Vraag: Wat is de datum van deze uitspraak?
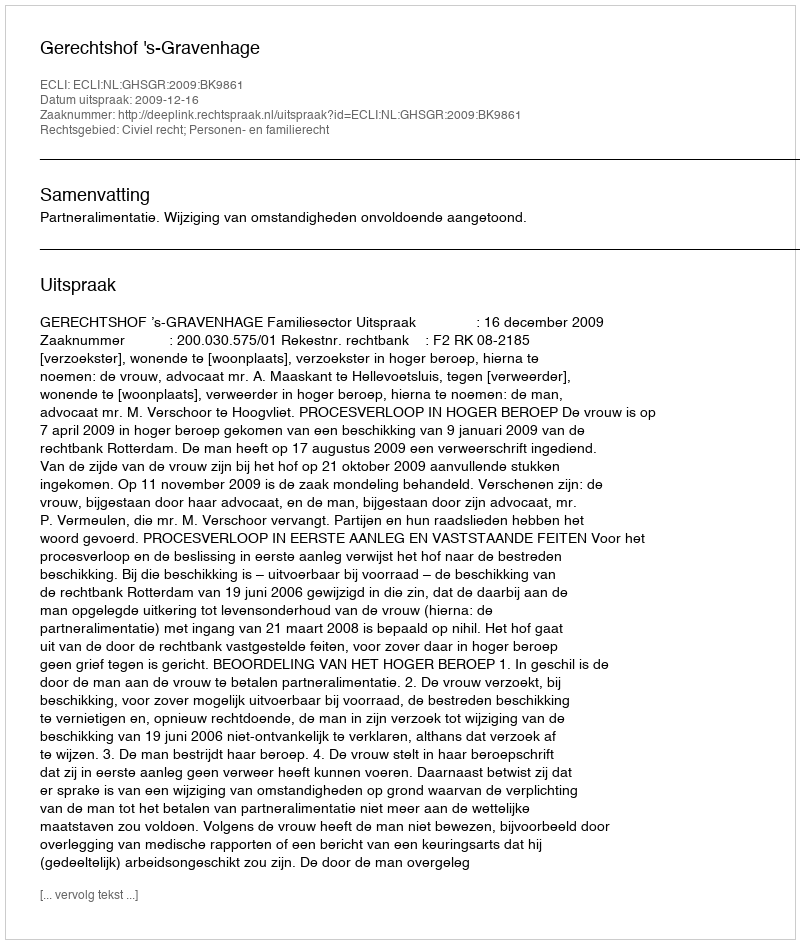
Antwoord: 2009-12-16